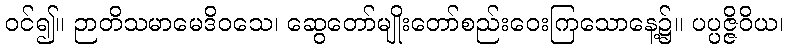
ဝင်၍။ ဉာတိသမာမေဒိဝသေ၊ ဆွေတော်မျိုးတော်စည်းဝေးကြသောနေ့၌။ ပပ္ပဇ္ဇိဝိယ၊